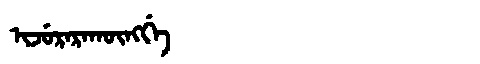
Manchu: ᡳᠵᡠᡵᠠᡵᠠᡴᡡᠩᡤᡝ
Romanization: IJURARAKŪNGGE